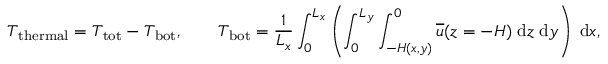
T _ { \mathrm { t h e r m a l } } = T _ { \mathrm { t o t } } - T _ { \mathrm { b o t } } , \qquad T _ { \mathrm { b o t } } = \frac { 1 } { L _ { x } } \int _ { 0 } ^ { L _ { x } } \left( \int _ { 0 } ^ { L _ { y } } \int _ { - H ( x , y ) } ^ { 0 } \overline { { u } } ( z = - H ) \; \mathrm { d } z \; \mathrm { d } y \right) \; \mathrm { d } x ,